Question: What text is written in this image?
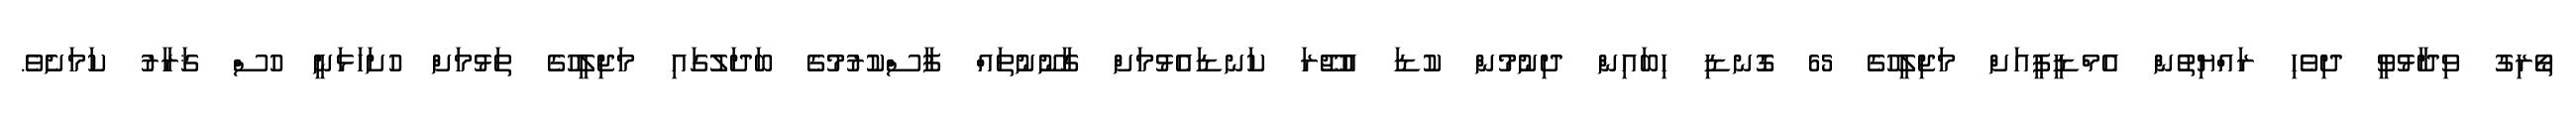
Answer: ތޯރިގު ވިދާޅުވީ ދިވެހި ރައްޔިތުން އެމްޑީޕީއަށް މަޖިލީހުގެ 65 ގޮނޑި ހިބައިން ދިނުމުން ކުޑަ އުޖޫރަ ކަނޑައެޅުމަށް ގާނޫނުތައް ފާސްކުރުމުގެ ބަދަލުގައި މަޖިލީހުގެ ތަޅުމަށް ހުށަހަޅަނީ ހުސް ޤަރާރު ކަމަށެވެ.